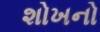
શોખનો